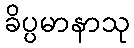
ခိပ္ပမာနာသု